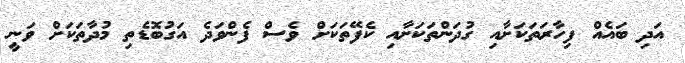
އަދި ބައެއް ފިހާރަތަކަށާއި ގުދަންތަކަށާއި ކެފޭތަކަށް ވެސް ފެންވަދެ އަގުބޮޑެތި މުދާތަކަށް ވަނީ